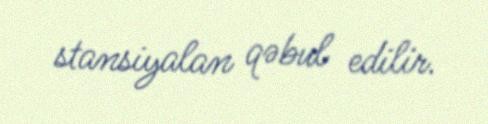
stansiyalan qəbul edilir.